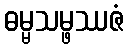
ဓမ္မသမ္ဖဿဇံ